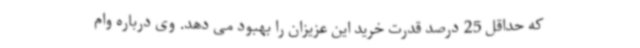
که حداقل 25 درصد قدرت خرید این عزیزان را بهبود می دهد. وی درباره وام